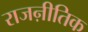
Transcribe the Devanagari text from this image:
राजऩीतिक